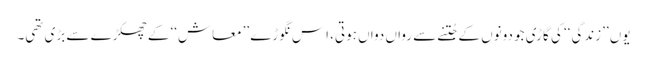
یوں ’’زندگی‘‘ کی گاڑی جو دونوں کے جُتنے سے رواں دواں ہوتی، اِس نگوڑے ’’معاش‘‘ کے چھکڑے سے بڑی تھی۔